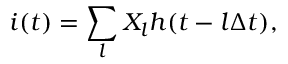
i ( t ) = \sum _ { l } X _ { l } h ( t - l \Delta t ) ,